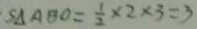
S _ { \Delta A B O } = \frac { 1 } { 2 } \times 2 \times 3 = 3